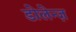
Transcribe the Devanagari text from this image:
डोलेन्ज़